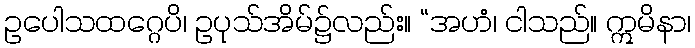
ဥပေါသထဂ္ဂေပိ၊ ဥပုသ်အိမ်၌လည်း။ “အဟံ၊ ငါသည်။ ဣမိနာ၊